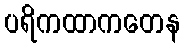
ပရိကထာကတေန